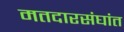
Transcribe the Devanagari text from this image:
मतदारसंघांत